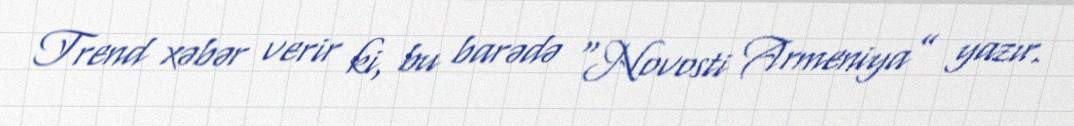
Trend xəbər verir ki, bu barədə “Novosti Armeniya” yazır.